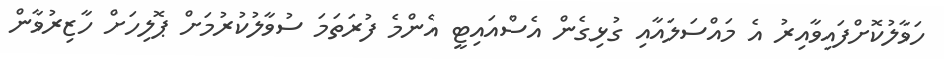
ހަވާލުކޮށްފައިވާއިރު އެ މައްސަލައާއި ގުޅިގެން އެސްއައިޓީ އެންމެ ފުރަތަމަ ސުވާލުކުރުމަށް ޕޮލިހަށް ހާޒިރުވާން